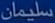
سلطمان